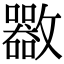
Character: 𣀬